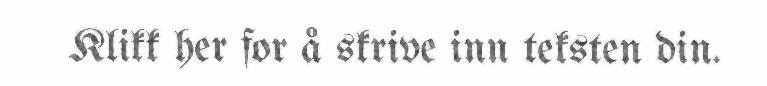
Klikk her for å skrive inn teksten din.